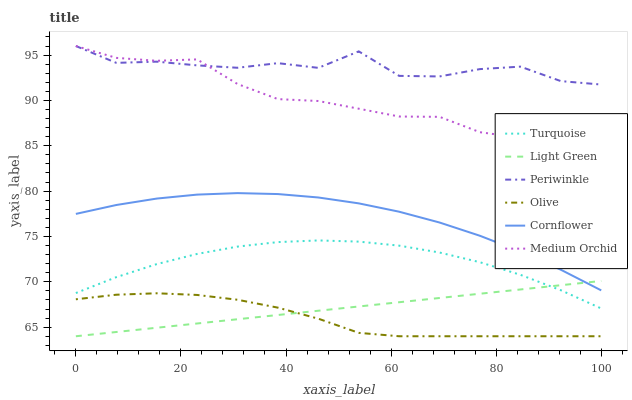
| xaxis_label | Turquoise | Light Green | Periwinkle | Olive | Cornflower | Medium Orchid |
 | --- | --- | --- | --- | --- | --- | --- |
 | 0 | 68.8 | 64 | 96 | 68.1 | 77.5 | 96 |
 | 7.69 | 70.5 | 64.5 | 94.1 | 68.6 | 78.5 | 94.7 |
 | 15.4 | 72 | 64.9 | 94.3 | 68.7 | 79.2 | 94.4 |
 | 23.1 | 73.1 | 65.4 | 93.9 | 68.6 | 79.6 | 94.5 |
 | 30.8 | 73.9 | 65.9 | 93.6 | 68 | 79.8 | 91.8 |
 | 38.5 | 74.4 | 66.3 | 94.1 | 67.2 | 79.7 | 90.1 |
 | 46.2 | 74.6 | 66.8 | 93.6 | 65.9 | 79.3 | 89.9 |
 | 53.8 | 74.4 | 67.3 | 95.4 | 64.4 | 78.7 | 89.1 |
 | 61.5 | 74 | 67.8 | 92.7 | 64 | 77.7 | 88.2 |
 | 69.2 | 73.2 | 68.2 | 92.6 | 64 | 76.5 | 88.2 |
 | 76.9 | 72.2 | 68.7 | 93.5 | 64 | 75.1 | 86.5 |
 | 84.6 | 70.8 | 69.2 | 93.7 | 64 | 73.3 | 85.9 |
 | 92.3 | 69.1 | 69.6 | 92.1 | 64 | 71.3 | 85.8 |
 | 100 | 67.1 | 70.1 | 91.8 | 64 | 69.1 | 85.3 |